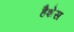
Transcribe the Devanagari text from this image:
हैशेस